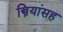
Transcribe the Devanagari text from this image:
स्त्रियांसह